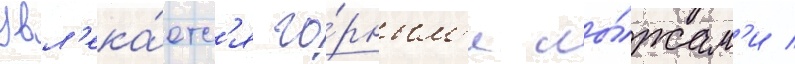
Увл'ека́етс'я го́рным'и лы́жам'и /